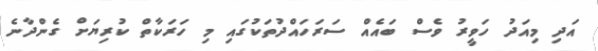
އަދި މިއަދު ހަވީރު ވެސް ބައެއް ސަރަހައްދުތަކުގައި މި ހަރަކާތް ކުރިޔަށް ގެންދާނެ